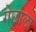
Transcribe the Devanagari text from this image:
गेछाला